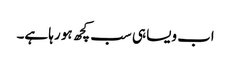
اب ویسا ہی سب کچھ ہو رہا ہے۔